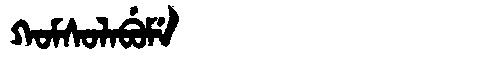
Manchu: ᡴᠣᠮᠰᠣᠯᠠᠪᡠᠮᡝ
Romanization: KOMSOLABUME